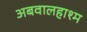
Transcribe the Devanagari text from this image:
अबवालहाश्म